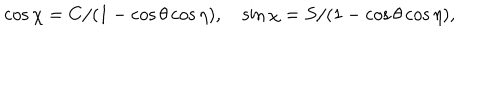
LaTeX: \cos { \chi } = C / ( 1 - \cos { \theta } \cos { \eta } ) , \quad \sin { \chi } = S / ( 1 - \cos { \theta } \cos { \eta } ) ,